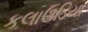
કલાઉડિયા